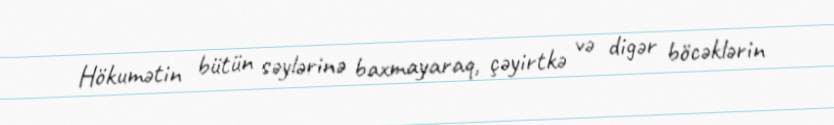
Hökumətin bütün səylərinə baxmayaraq, çəyirtkə və digər böcəklərin